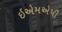
ઇએમએપી